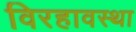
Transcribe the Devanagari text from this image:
विरहावस्था